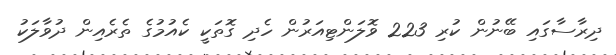
ދިރާސާގައި ބޭނުން ކުރި 223 ވޮލަންޓިއަރުން ހެދި ގޮތަކީ ކެއުމުގެ ތެރެއިން ދުވާލަކު